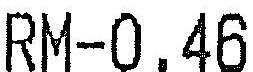
RM-0.46